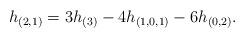
LaTeX: \begin{align*} h_{(2,1)} = 3h_{(3)} - 4h_{(1,0,1)}-6h_{(0,2)}.\end{align*}